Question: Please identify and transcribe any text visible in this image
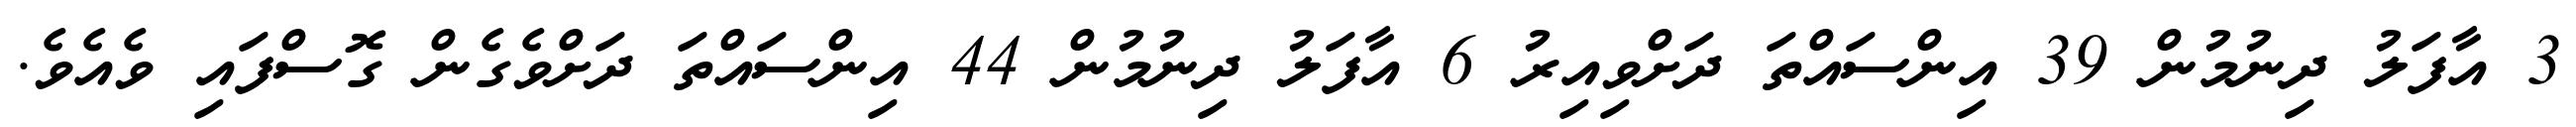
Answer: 3 އާފަލު ދިނުމުން 39 އިންސައްތަ ދަށްވިއިރު 6 އާފަލު ދިނުމުން 44 އިންސައްތަ ދަށްވެގެން ގޮސްފައި ވެއެވެ.